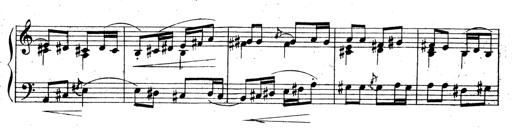
Title: 3 Sonatinas for Piano
Composer: Vissarion Shebalin